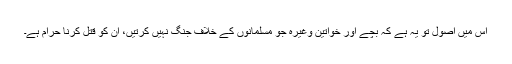
اس میں اصول تو یہ ہے کہ بچے اور خواتین وغیرہ جو مسلمانوں کے خلاف جنگ نہیں کرتیں، ان کو قتل کرنا حرام ہے۔